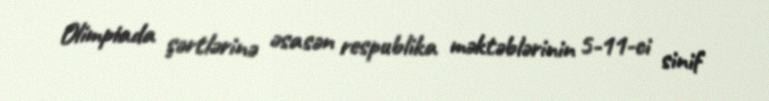
Olimpiada şərtlərinə əsasən respublika məktəblərinin 5-11-ci sinif